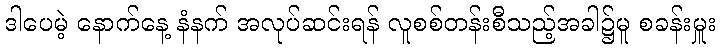
ဒါပေမဲ့ နောက်နေ့ နံနက် အလုပ်ဆင်းရန် လူစစ်တန်းစီသည့်အခါ၌မူ စခန်းမှူး